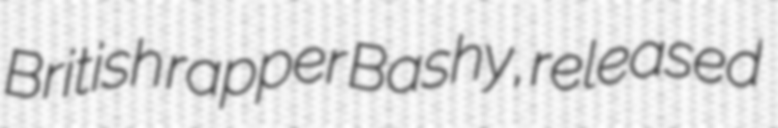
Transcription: British rapper Bashy, released